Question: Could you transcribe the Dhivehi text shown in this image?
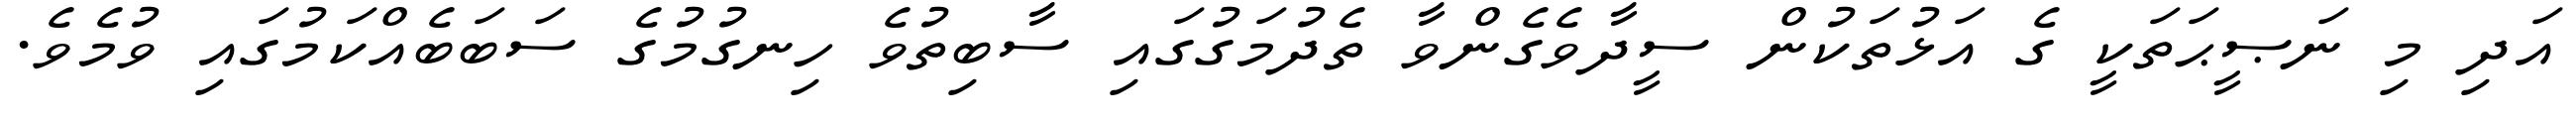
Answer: އަދި މި ނަޞީޙަތަކީ ގެ އަޅުތަކުން ސީދާވެގެންވާ ތެދުމަގުގައި ސާބިތުވެ ހިނގުމުގެ ސަބަބެއްކަމުގައި ވުމެވެ.